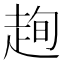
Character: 𧻛